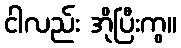
ငါလည်း အိုပြီးကွ။